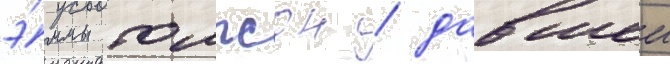
э́ммы томпсон / давшеи